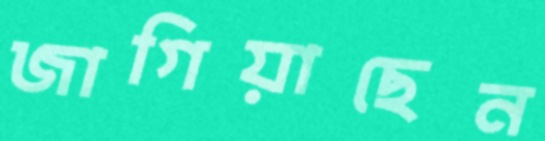
জাগিয়াছেন